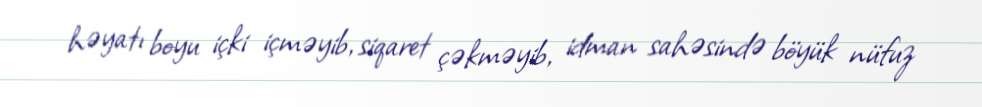
həyatı boyu içki içməyib, siqaret çəkməyib, idman sahəsində böyük nüfuz